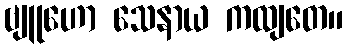
ဗျူဟော သေနာယ ကထျတေ။